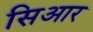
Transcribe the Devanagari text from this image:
सिआर